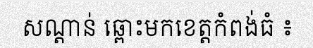
សណ្តាន់ ឆ្ពោះមកខេត្តកំពង់ធំ ៖